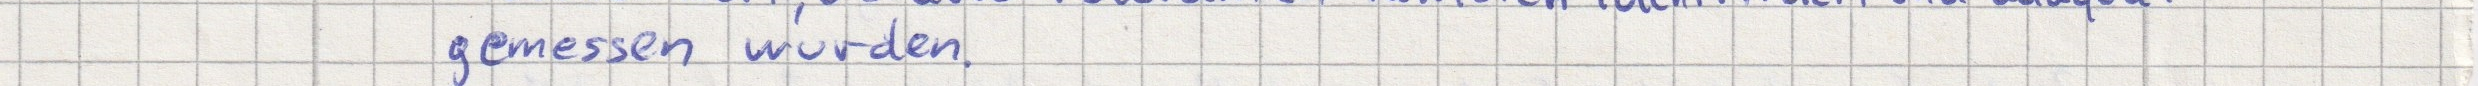
gemessen wurden.